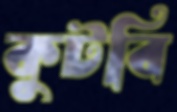
কুটবি